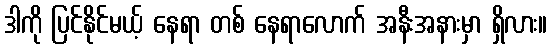
ဒါကို ပြင်နိုင်မယ့် နေရာ တစ် နေရာလောက် အနီးအနားမှာ ရှိလား။